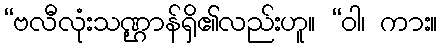
“ဗလီလုံးသဏ္ဌာန်ရှိ၏လည်းဟူ။ “ဝါ၊ ကား။